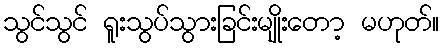
သွင်သွင် ရူးသွပ်သွားခြင်းမျိုးတော့ မဟုတ်။